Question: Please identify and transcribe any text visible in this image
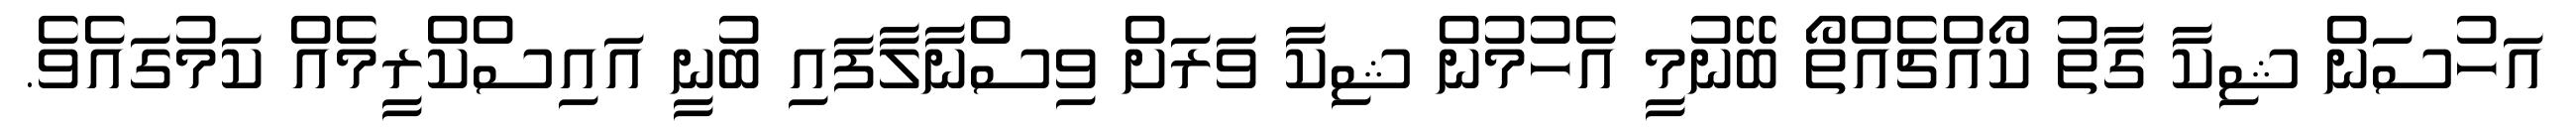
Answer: އަހުސަން ޝިކާ ގާތު ކޯއްޗެއްތޯ ބޭނުމީ އެހުމުން ޝިކާ ވަރަށް ވިސްނާލާފައި ބުނީ އައިސްކްރީމެއް ކަމުގައެވެ.